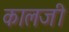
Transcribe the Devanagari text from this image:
कालजी